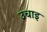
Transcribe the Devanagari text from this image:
उचाइ